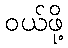
ဝယ်ဖို့